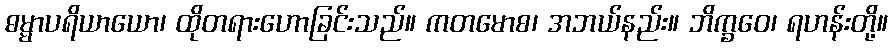
ဓမ္မာပရိယာယော၊ ထိုတရားဟောခြင်းသည်။ ကတမောစ၊ အဘယ်နည်း။ ဘိက္ခဝေ၊ ရဟန်းတို့။